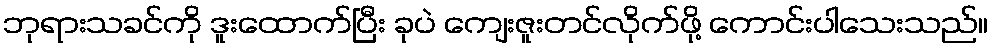
ဘုရားသခင်ကို ဒူးထောက်ပြီး ခုပဲ ကျေးဇူးတင်လိုက်ဖို့ ကောင်းပါသေးသည်။